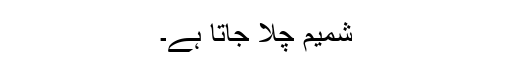
شمیم چلا جاتا ہے۔